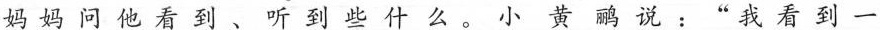
妈妈问他看到、听到些什么。小黄鹂说：”我看到一